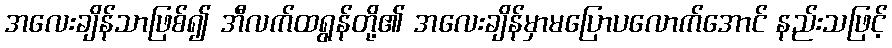
အလေးချိန်သာဖြစ်၍ အီလက်ထရွန်တို့၏ အလေးချိန်မှာမပြောပလောက်အောင် နည်းသဖြင့်